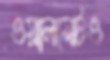
ওয়ালমেটও